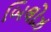
બિલોઝ